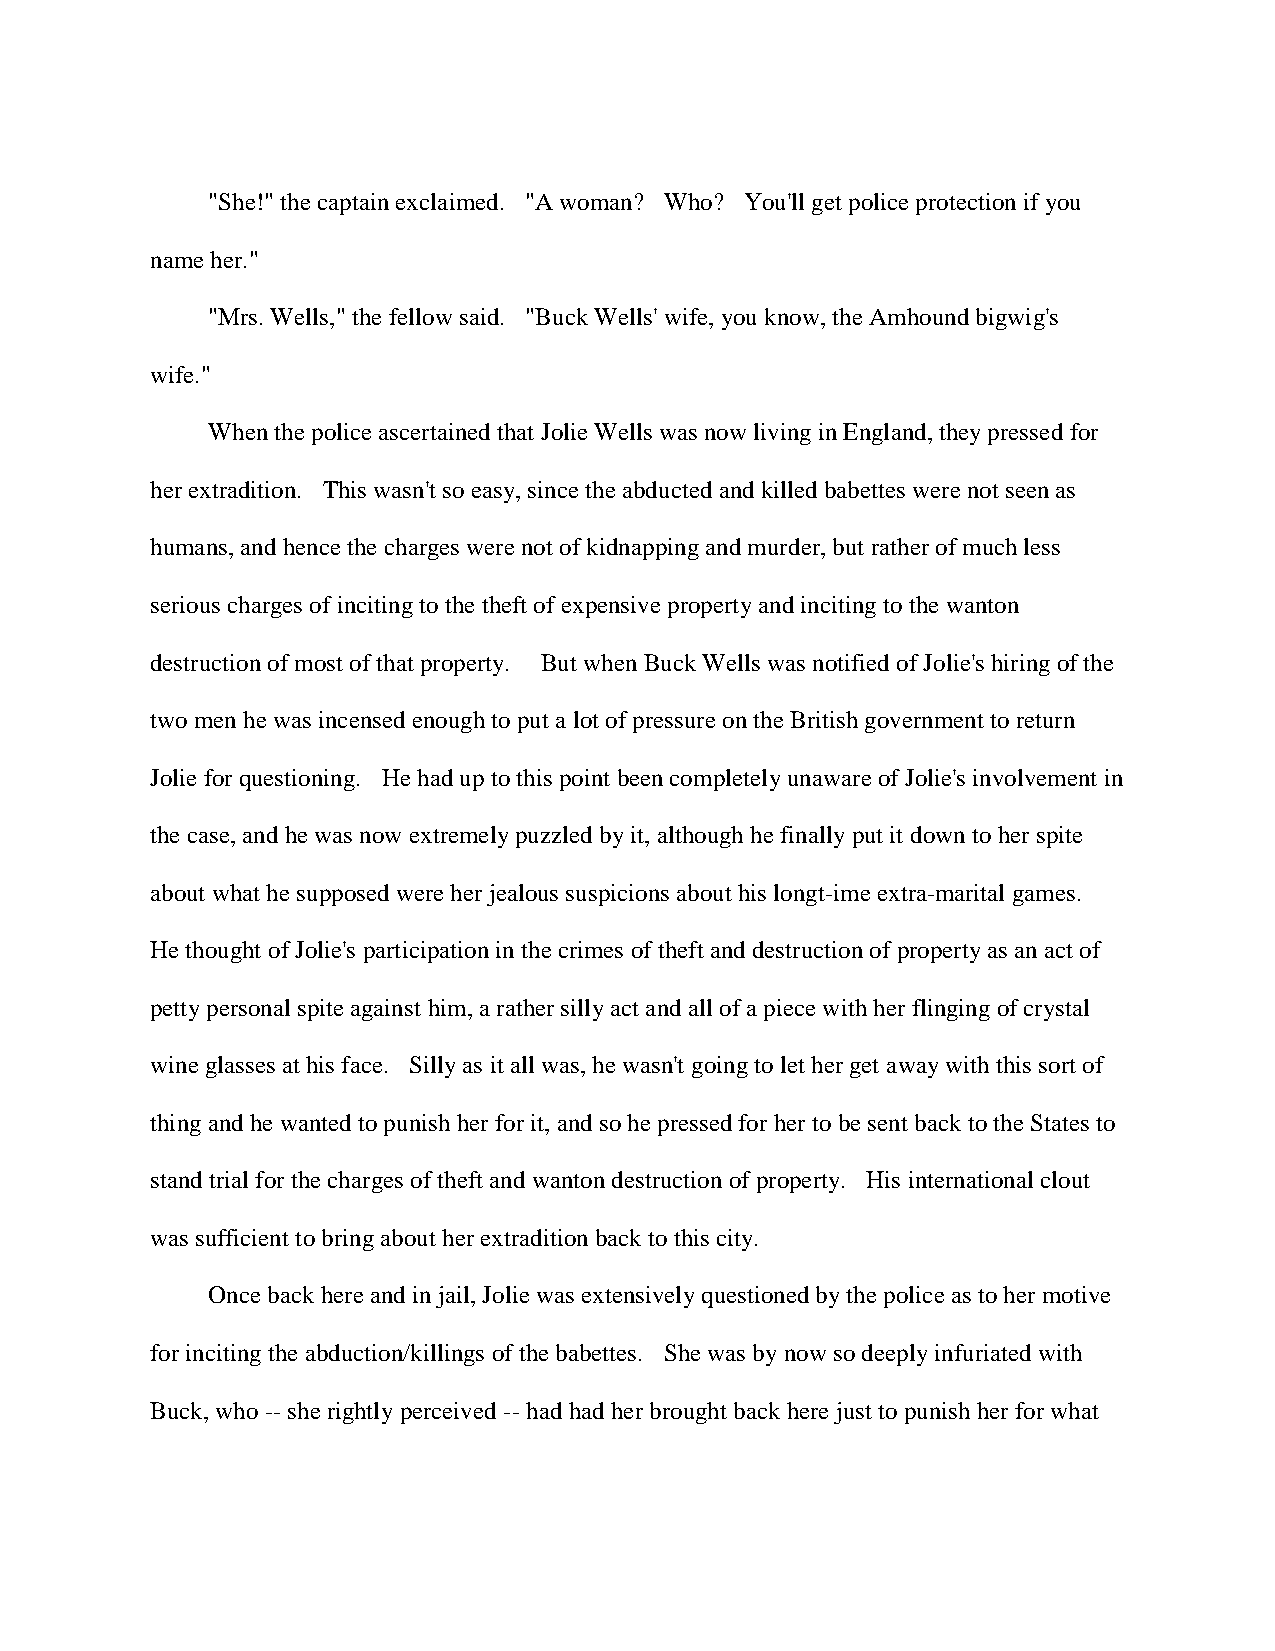
"She!" the captain exclaimed. "A woman? Who? You'll get police protection if you
 name her."
 "Mrs. Wells," the fellow said. "Buck Wells' wife, you know, the Amhound bigwig's
 wife."
 When the police ascertained that Jolie Wells was now living in England, they pressed for
 her extradition. This wasn't so easy, since the abducted and killed babettes were not seen as
 humans, and hence the charges were not of kidnapping and murder, but rather of much less
 serious charges of inciting to the theft of expensive property and inciting to the wanton
 destruction of most of that property. But when Buck Wells was notified of Jolie's hiring of the
 two men he was incensed enough to put a lot of pressure on the British government to return
 Jolie for questioning. He had up to this point been completely unaware of Jolie's involvement in
 the case, and he was now extremely puzzled by it, although he finally put it down to her spite
 about what he supposed were her jealous suspicions about his longt-ime extra-marital games.
 He thought of Jolie's participation in the crimes of theft and destruction of property as an act of
 petty personal spite against him, a rather silly act and all of a piece with her flinging of crystal
 wine glasses at his face. Silly as it all was, he wasn't going to let her get away with this sort of
 thing and he wanted to punish her for it, and so he pressed for her to be sent back to the States to
 stand trial for the charges of theft and wanton destruction of property. His international clout
 was sufficient to bring about her extradition back to this city.
 Once back here and in jail, Jolie was extensively questioned by the police as to her motive
 for inciting the abduction/killings of the babettes. She was by now so deeply infuriated with
 Buck, who -- she rightly perceived -- had had her brought back here just to punish her for what